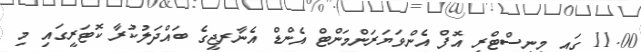
11.00 ގައި މިނިސްޓްރީ އޮފް އެންވަޔަރަންމަންޓް އެންޑް އެނާރޖީގެ ބައްދަލުކުރާ ކޮޓަރީގައި މި